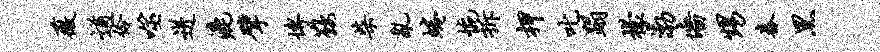
薇遒伶噬迸漉擘博鞍柴乱蜷惋拆柙叱蹋檬渤墙甥舂黑